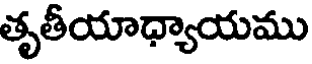
తృతీయాధ్యాయము